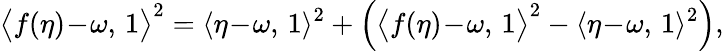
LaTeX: \big\langle f(\eta)\! -\! \omega,\, 1\big\rangle^{2}=\langle\eta\! -\! \omega,\, 1\rangle^{2}+\Big(\big\langle f(\eta)\! -\! \omega,\, 1\big\rangle^{2}-\langle\eta\! -\! \omega,\, 1\rangle^{2}\Big),